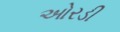
ઓરડી